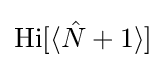
\mathrm {Hi} [\langle {\hat {N}}+1\rangle ]